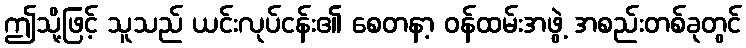
ဤသို့ဖြင့် သူသည် ယင်းလုပ်ငန်း၏ စေတနာ့ ဝန်ထမ်းအဖွဲ့ အစည်းတစ်ခုတွင်